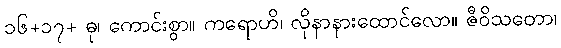
၁၆+၁၇+ ဓု၊ ကောင်းစွာ။ ကရောဟိ၊ လိုနာနားထောင်လော။ ဇီဝိသတော၊